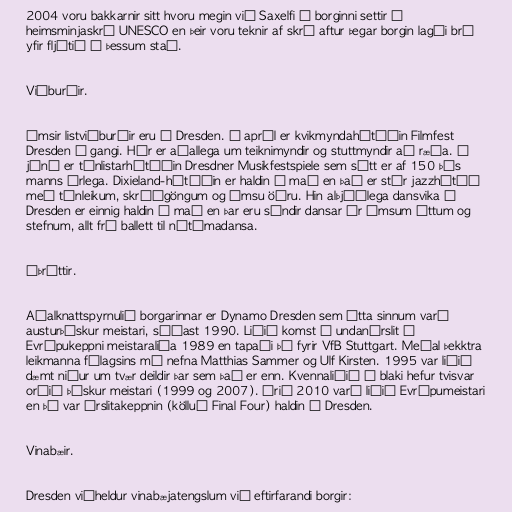
2004 voru bakkarnir sitt hvoru megin við Saxelfi í borginni settir á
heimsminjaskrá UNESCO en þeir voru teknir af skrá aftur þegar borgin lagði brú
yfir fljótið á þessum stað.

Viðburðir.

Ýmsir listviðburðir eru í Dresden. Í apríl er kvikmyndahátíðin Filmfest
Dresden í gangi. Hér er aðallega um teiknimyndir og stuttmyndir að ræða. Í
júní er tónlistarhátíðin Dresdner Musikfestspiele sem sótt er af 150 þús
manns árlega. Dixieland-hátíðin er haldin í maí en það er stór jazzhátíð
með tónleikum, skrúðgöngum og ýmsu öðru. Hin alþjóðlega dansvika í
Dresden er einnig haldin í maí en þar eru sýndir dansar úr ýmsum áttum og
stefnum, allt frá ballett til nútímadansa.

Íþróttir.

Aðalknattspyrnulið borgarinnar er Dynamo Dresden sem átta sinnum varð
austurþýskur meistari, síðast 1990. Liðið komst í undanúrslit í
Evrópukeppni meistaraliða 1989 en tapaði þá fyrir VfB Stuttgart. Meðal þekktra
leikmanna félagsins má nefna Matthias Sammer og Ulf Kirsten. 1995 var liðið
dæmt niður um tvær deildir þar sem það er enn. Kvennaliðið í blaki hefur tvisvar
orðið þýskur meistari (1999 og 2007). Árið 2010 varð liðið Evrópumeistari
en þá var úrslitakeppnin (kölluð Final Four) haldin í Dresden.

Vinabæir.

Dresden viðheldur vinabæjatengslum við eftirfarandi borgir: